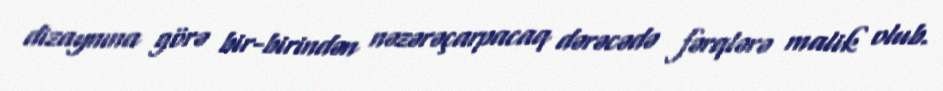
dizaynına görə bir-birindən nəzərəçarpacaq dərəcədə fərqlərə malik olub.